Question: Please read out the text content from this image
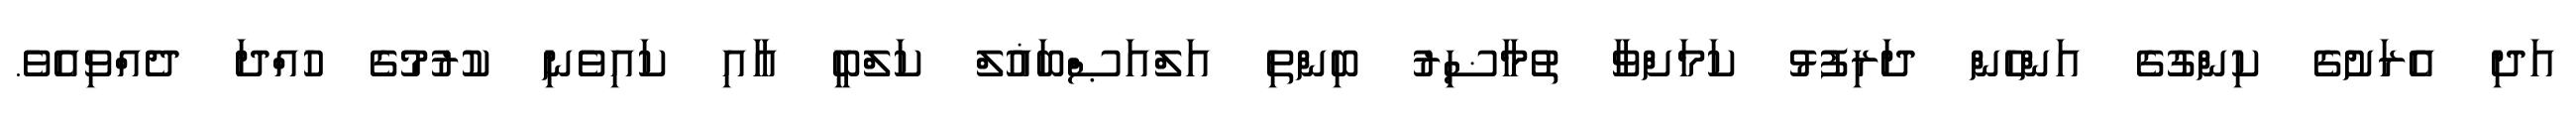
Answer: އަދި އެރަށުގެ ކިންގުގެ އަންހެން ދަރިފުޅު ކަމަށްވާ ތުމާޟިރު ބިންތި އަލްއަޞްބަޣުލް ކަލްބީ އާއި ކައިވެނި ކުރުމުގެ ހުއްދަ ދެއްވިއެވެ.